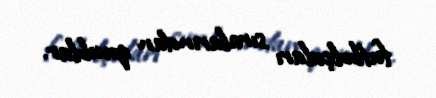
futbolçuları sıralarından qovublar.